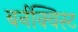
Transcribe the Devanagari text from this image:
बर्नक्विस्ट